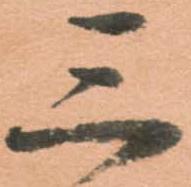
三